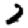
Digit: 2